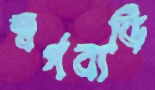
স্বর্গবাড়ি